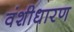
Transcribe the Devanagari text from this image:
वंशीधारण